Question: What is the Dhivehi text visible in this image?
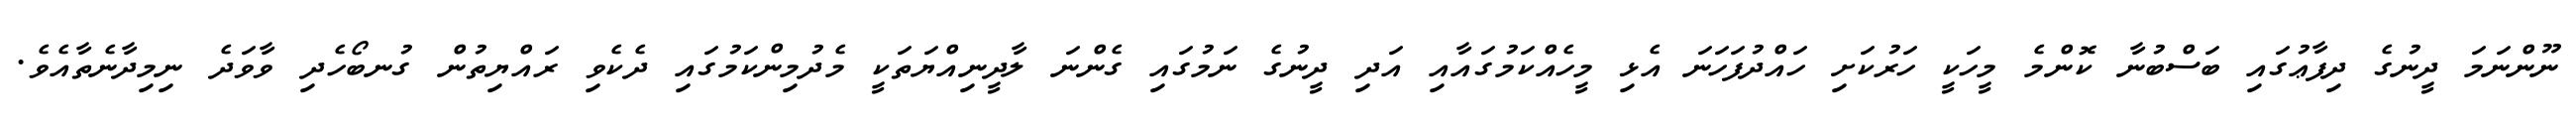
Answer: ނޫންނަމަ ދީނުގެ ދިފާޢުގައި ބަސްބުނާ ކޮންމެ މީހަކީ ހަރުކަށި ހައްދުފަހަނަ އެޅި މީހެއްކަމުގައާއި އަދި ދީނުގެ ނަމުގައި ގެންނަ ލާދީނިއްޔަތަކީ މެދުމިންކަމުގައި ދެކެވި ރައްޔިތުން ގުނބޯހެދި ވާވަދެ ނިމިދާނެތާއެވެ.